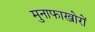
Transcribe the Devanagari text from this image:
मुनाफाखोरों